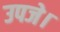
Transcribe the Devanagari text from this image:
उपजे।